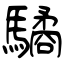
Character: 驈